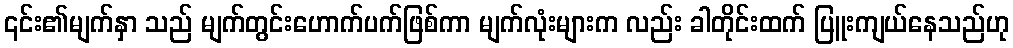
၎င်း၏မျက်နှာ သည် မျက်တွင်းဟောက်ပက်ဖြစ်ကာ မျက်လုံးများက လည်း ခါတိုင်းထက် ပြူးကျယ်နေသည်ဟု